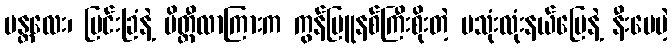
မန္တလေး၊ မြင်းခြံနဲ့ မိတ္ထီလာကြားက ကွန်မြူနစ်ကြီးစိုးတဲ့ မသုံးလုံးနယ်မြေနဲ့ နီးပေမဲ့